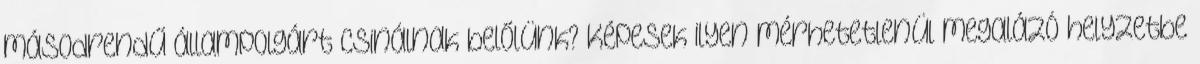
másodrendű állampolgárt csinálnak belőlünk? Képesek ilyen mérhetetlenül megalázó helyzetbe